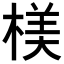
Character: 𣖙